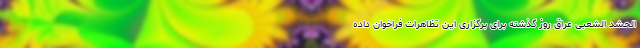
الحشد الشعبی عراق روز گذشته برای برگزاری این تظاهرات فراخوان داده